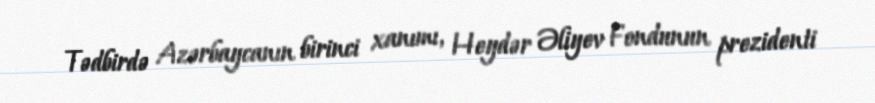
Tədbirdə Azərbaycanın birinci xanımı, Heydər Əliyev Fondunun prezidenti